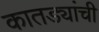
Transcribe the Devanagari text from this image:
कातड्यांची